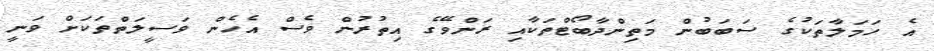
އެ ހަމަލާތަކުގެ ސަބަބުން މަތިންދާބޯޓްތަކާއި ރަންވޭގެ އިތުރުން ވެސް އެހެން ވަސީލަތްތަކަށް ވަނީ